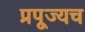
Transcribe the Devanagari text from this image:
प्रपूज्यच